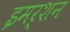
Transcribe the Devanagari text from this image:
इमर्शन